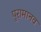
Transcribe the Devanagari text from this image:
पुरामानव